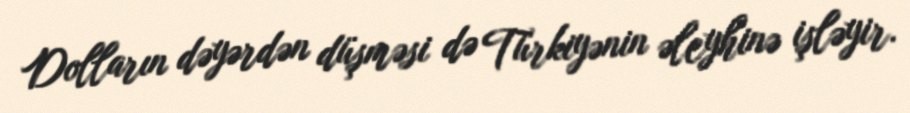
Dolların dəyərdən düşməsi də Türkiyənin əleyhinə işləyir.